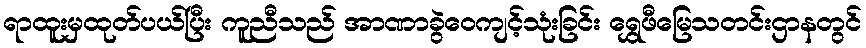
ရာထူးမှထုတ်ပယ်ပြီး ကူညီသည် အာဏာခွဲဝေကျင့်သုံးခြင်း ရွှေဖီမြေသတင်းဌာနတွင်